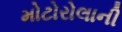
મોટોરોલાની